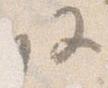
段